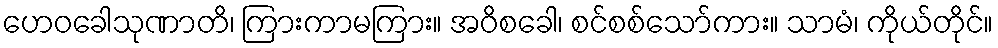
ဟေဝခေါသုဏာတိ၊ ကြားကာမကြား။ အဝိစခေါ၊ စင်စစ်သော်ကား။ သာမံ၊ ကိုယ်တိုင်။